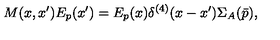
M ( x , x ^ { \prime } ) E _ { p } ( x ^ { \prime } ) = E _ { p } ( x ) \delta ^ { ( 4 ) } ( x - x ^ { \prime } ) { \Sigma } _ { A } ( \bar { p } ) ,